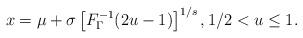
LaTeX: \begin{align*}x=\mu+\sigma\left[F^{-1}_\Gamma(2u-1)\right]^{1/s},1/2 < u \leq 1.\end{align*}